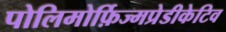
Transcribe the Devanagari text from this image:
पोलिमोर्फ़िज्मप्रेडीकेटिव